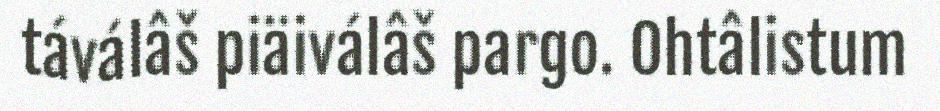
táválâš piäiválâš pargo. Ohtâlistum